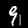
Digit: 9